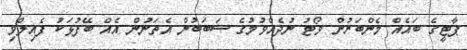
ޕާޓީގެ ބައެއް މެންބަރުން ވޯޓު ނުދެއްވުމުގެ ސަބަބުން އެތަނުން އެއް ބޭފުޅަކު ފެއިލްވި